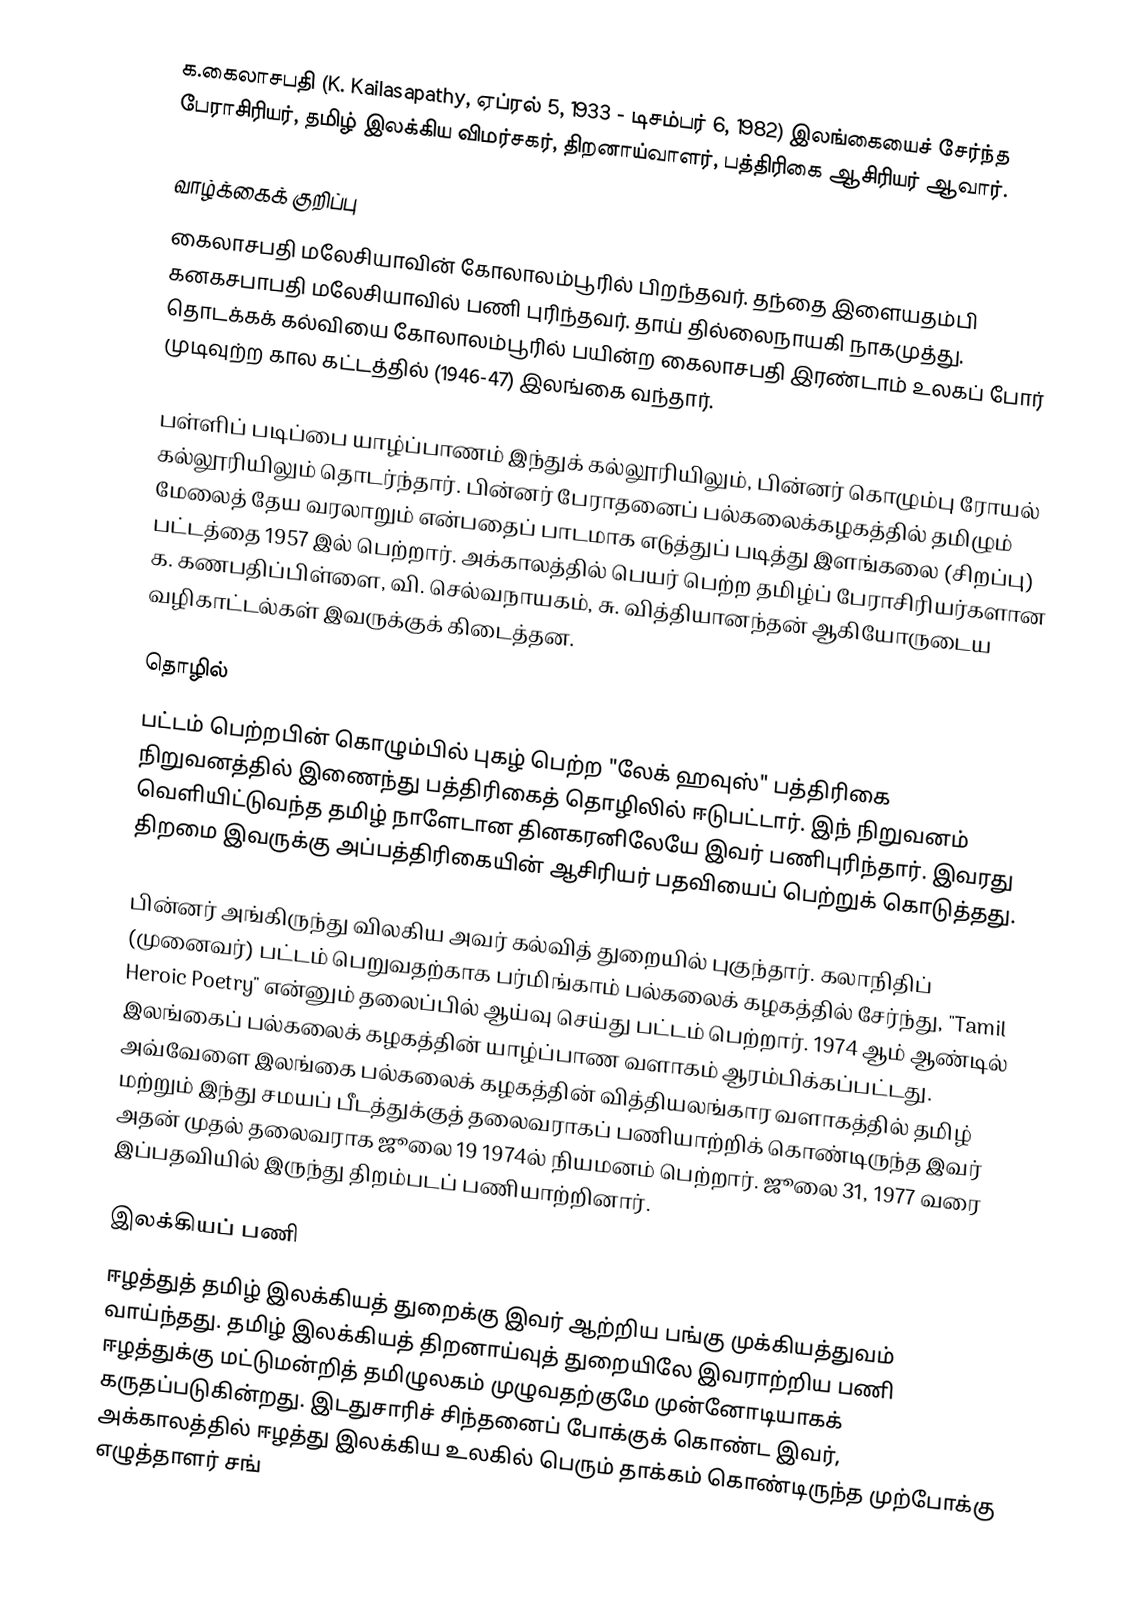
க.கைலாசபதி (K. Kailasapathy, ஏப்ரல் 5, 1933 - டிசம்பர் 6, 1982) இலங்கையைச் சேர்ந்த பேராசிரியர், தமிழ் இலக்கிய விமர்சகர், திறனாய்வாளர்,  பத்திரிகை ஆசிரியர் ஆவார்.

வாழ்க்கைக் குறிப்பு
கைலாசபதி மலேசியாவின் கோலாலம்பூரில் பிறந்தவர். தந்தை இளையதம்பி கனகசபாபதி மலேசியாவில் பணி புரிந்தவர். தாய் தில்லைநாயகி நாகமுத்து. தொடக்கக் கல்வியை கோலாலம்பூரில் பயின்ற கைலாசபதி இரண்டாம் உலகப் போர் முடிவுற்ற கால கட்டத்தில் (1946-47) இலங்கை வந்தார்.

பள்ளிப் படிப்பை யாழ்ப்பாணம் இந்துக் கல்லூரியிலும், பின்னர் கொழும்பு ரோயல் கல்லூரியிலும் தொடர்ந்தார். பின்னர் பேராதனைப் பல்கலைக்கழகத்தில் தமிழும் மேலைத் தேய வரலாறும் என்பதைப் பாடமாக எடுத்துப் படித்து இளங்கலை (சிறப்பு) பட்டத்தை 1957 இல் பெற்றார். அக்காலத்தில் பெயர் பெற்ற தமிழ்ப் பேராசிரியர்களான க. கணபதிப்பிள்ளை, வி. செல்வநாயகம், சு. வித்தியானந்தன் ஆகியோருடைய வழிகாட்டல்கள் இவருக்குக் கிடைத்தன.

தொழில்
பட்டம் பெற்றபின் கொழும்பில் புகழ் பெற்ற "லேக் ஹவுஸ்" பத்திரிகை நிறுவனத்தில் இணைந்து பத்திரிகைத் தொழிலில் ஈடுபட்டார். இந் நிறுவனம் வெளியிட்டுவந்த தமிழ் நாளேடான தினகரனிலேயே இவர் பணிபுரிந்தார். இவரது திறமை இவருக்கு அப்பத்திரிகையின் ஆசிரியர் பதவியைப் பெற்றுக் கொடுத்தது.

பின்னர் அங்கிருந்து விலகிய அவர் கல்வித் துறையில் புகுந்தார். கலாநிதிப் (முனைவர்) பட்டம் பெறுவதற்காக பர்மிங்காம் பல்கலைக் கழகத்தில் சேர்ந்து, "Tamil Heroic Poetry" என்னும் தலைப்பில் ஆய்வு செய்து பட்டம் பெற்றார். 1974 ஆம் ஆண்டில் இலங்கைப் பல்கலைக் கழகத்தின் யாழ்ப்பாண வளாகம் ஆரம்பிக்கப்பட்டது. அவ்வேளை இலங்கை பல்கலைக் கழகத்தின் வித்தியலங்கார வளாகத்தில் தமிழ் மற்றும் இந்து சமயப் பீடத்துக்குத் தலைவராகப் பணியாற்றிக் கொண்டிருந்த இவர் அதன் முதல் தலைவராக ஜூலை 19 1974ல் நியமனம் பெற்றார். ஜூலை 31, 1977 வரை இப்பதவியில் இருந்து திறம்படப் பணியாற்றினார்.

இலக்கியப் பணி
ஈழத்துத் தமிழ் இலக்கியத் துறைக்கு இவர் ஆற்றிய பங்கு முக்கியத்துவம் வாய்ந்தது. தமிழ் இலக்கியத் திறனாய்வுத் துறையிலே இவராற்றிய பணி ஈழத்துக்கு மட்டுமன்றித் தமிழுலகம் முழுவதற்குமே முன்னோடியாகக் கருதப்படுகின்றது. இடதுசாரிச் சிந்தனைப் போக்குக் கொண்ட இவர், அக்காலத்தில் ஈழத்து இலக்கிய உலகில் பெரும் தாக்கம் கொண்டிருந்த முற்போக்கு எழுத்தாளர் சங்